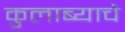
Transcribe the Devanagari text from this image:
कुलाब्याचे